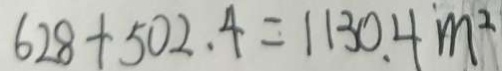
6 2 8 + 5 0 2 . 4 = 1 1 3 0 . 4 m ^ { 2 }